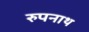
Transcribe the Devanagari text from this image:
रुपनाथ